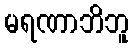
မရဏာဘိဘူ